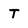
Character: T